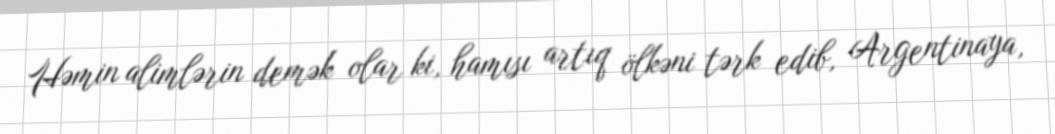
Həmin alimlərin demək olar ki, hamısı artıq ölkəni tərk edib, Argentinaya,